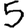
Digit: 5